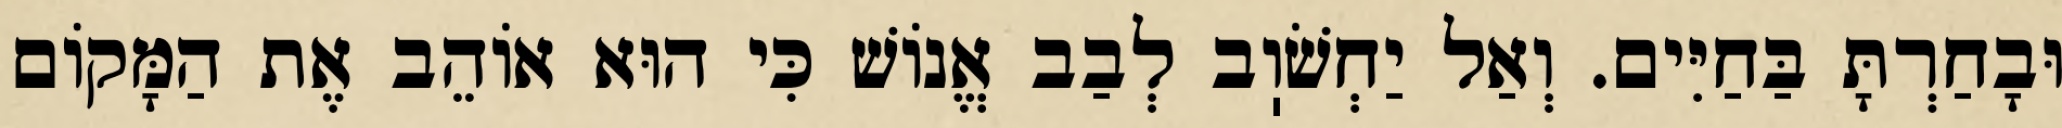
וּבָחַרְתָּ בַּחַיִּים. וְאַל יַחְשֹׁוֽב לְבַב אֱנוֹשׁ כִּי הוּא אוֹהֵב אֶת הַמָּקוֹם